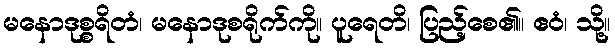
မနောဒုစ္စရိတံ၊ မနောဒုစရိုက်ကို။ ပူရေတိ၊ ပြည့်စေ၏။ ဧဝံ၊ သို့။